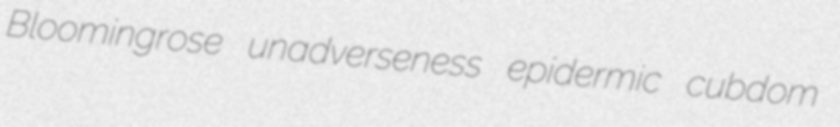
Bloomingrose unadverseness epidermic cubdom